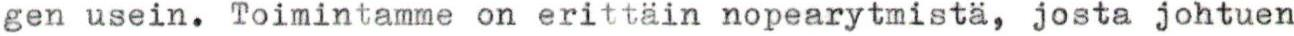
gen usein. Toimintamme on erittäin nopearytmistä, josta johtuen